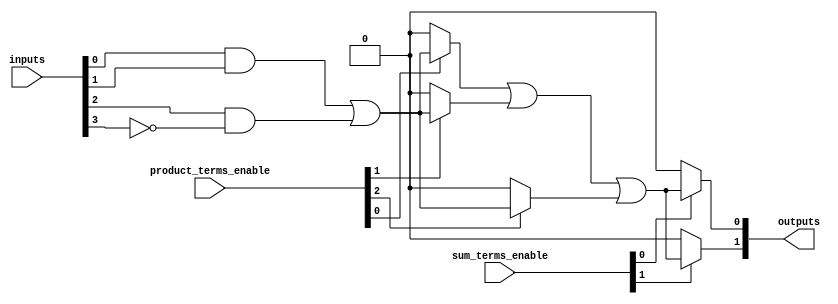
module PLA (
    input wire [N-1:0] inputs, // Inputs: N input lines
    input wire [M-1:0] product_terms_enable, // Enable signals for product terms
    input wire [P-1:0] sum_terms_enable, // Enable signals for sum terms
    output wire [Q-1:0] outputs // Outputs: Q output lines
);
    parameter N = 4; // Number of inputs
    parameter M = 8; // Number of product terms
    parameter P = 4; // Number of sum terms
    parameter Q = 2; // Number of outputs

    // Internal wires for product terms
    wire [M-1:0] product_terms;

    // AND Plane
    generate 
        genvar i, j;
        for (i = 0; i < M; i = i + 1) begin : and_plane
            assign product_terms[i] = 
                (product_terms_enable[i] == 1'b1) ? 
                ( (inputs[0] & inputs[1]) | (inputs[2] & ~inputs[3]) ) : 1'b0;  // Example logic
        end
    endgenerate

    // OR Plane
    wire [P-1:0] sum_terms;
    generate 
        for (j = 0; j < P; j = j + 1) begin : or_plane
            assign sum_terms[j] = 
                (sum_terms_enable[j] == 1'b1) ? 
                (product_terms[0] | product_terms[1] | product_terms[2]) : 1'b0;  // Example logic
        end
    endgenerate

    // Final outputs
    assign outputs[0] = sum_terms[0]; // Example mapping output from the first sum term
    assign outputs[1] = sum_terms[1]; // Example mapping output from the second sum term

endmodule